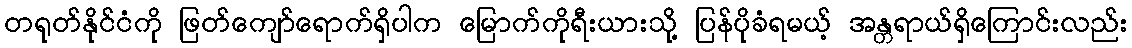
တရုတ်နိုင်ငံကို ဖြတ်ကျော်ရောက်ရှိပါက မြောက်ကိုရီးယားသို့ ပြန်ပိုခံရမယ့် အန္တရာယ်ရှိကြောင်းလည်း